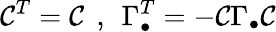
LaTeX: {\cal C}^{T}={\cal C}\: \: ,\: \: \Gamma_{\bullet}^{T}=-{\cal C}\Gamma_{\bullet}{\cal C}